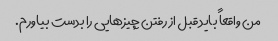
من واقعاً باید قبل از رفتن چیزهایی را بدست بیاورم.